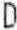
D